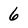
Character: 6